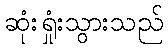
ဆုံးရှုံးသွားသည်